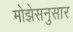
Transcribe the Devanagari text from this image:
मोझेसनुसार